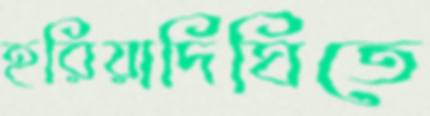
হরিয়াদিঘিতে